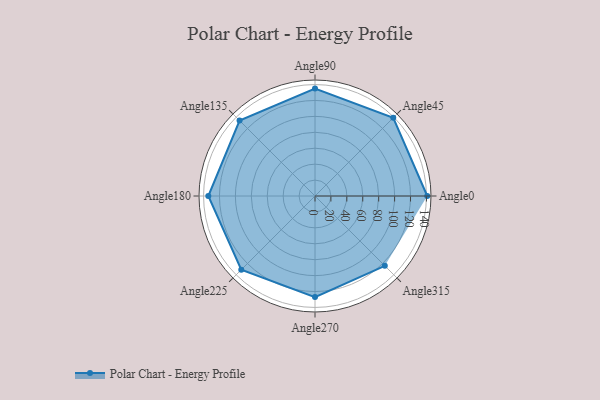
{"axis": {"x": "Angle", "y": "Radius"}, "legend": [""], "data": [{"x": "Angle0", "y": 141.0, "type": ""}, {"x": "Angle45", "y": 139.0, "type": ""}, {"x": "Angle90", "y": 135.0, "type": ""}, {"x": "Angle135", "y": 134.0, "type": ""}, {"x": "Angle180", "y": 134.0, "type": ""}, {"x": "Angle225", "y": 131.0, "type": ""}, {"x": "Angle270", "y": 127.0, "type": ""}, {"x": "Angle315", "y": 124.0, "type": ""}]}